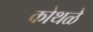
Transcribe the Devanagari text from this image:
कोथळे